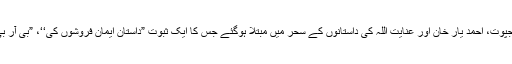
شرلاک ہولمز، جم کاربٹ اور نک ویلوٹ کے قصے پڑھنے والے صابر حسین راجپوت، احمد یار خان اور عنایت اللہ کی داستانوں کے سحر میں مبتلا ہوگئے جس کا ایک ثبوت ”داستان ایمان فروشوں کی‘‘، ”بی آر بی بہتی رہے گی‘‘ اور ”شمشیرِ بے نیام‘‘ کا مسلسل تیسری نسل میں مقبول ہونا ہے۔